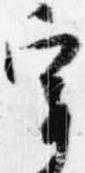
宰